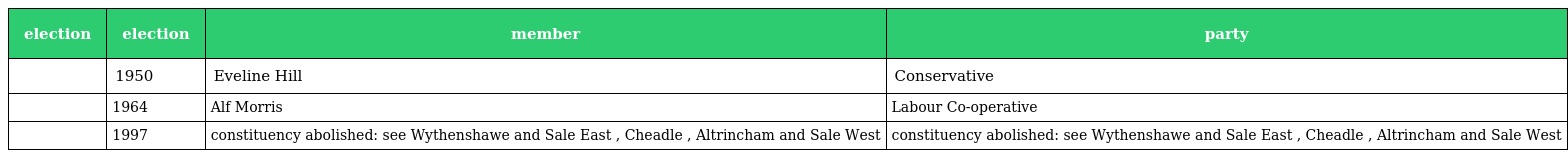
| election | election | member | party |
 | --- | --- | --- | --- |
 |  | 1950 | Eveline Hill | Conservative |
 |  | 1964 | Alf Morris | Labour Co-operative |
 |  | 1997 | constituency abolished: see Wythenshawe and Sale East , Cheadle , Altrincham and Sale West | constituency abolished: see Wythenshawe and Sale East , Cheadle , Altrincham and Sale West |